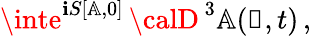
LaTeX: \inte^{\mathbf{i}S[\mathbb{{A}},0]}\, {\calD}^{\, 3}\mathbb{{A}}(\mathbb{{x}},t)\, ,